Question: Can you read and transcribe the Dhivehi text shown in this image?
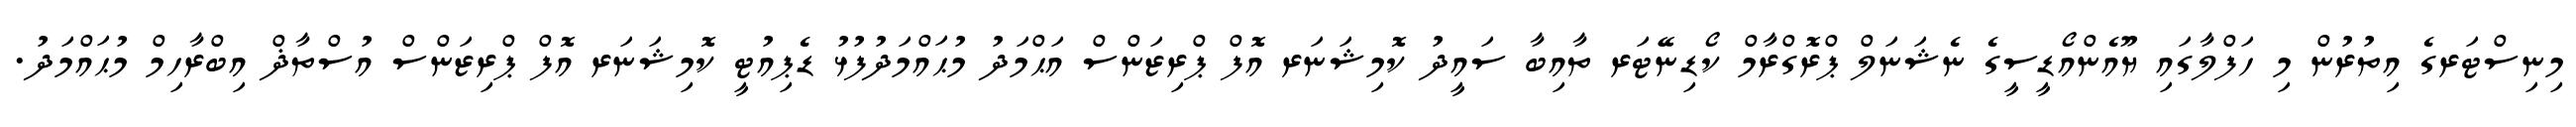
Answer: މިނިސްޓަރގެ އިތުރުން މި ހަފްލާގައި ޔޫއެންއޯޑީސީގެ ނެޝަނަލް ޕްރޮގްރާމް ކޯޑިނޭޓަރ ތާއިބާ ސައީދު ކޮމިޝަނަރ އޮފް ޕްރިޒަންސް އަޙްމަދު މުޙައްމަދުފުޅު ޑެޕިއުޓީ ކޮމިޝަނަރ އޮފް ޕްރިޒަންސް އުސްތާޛް އިބްރާހިމް މުޙައްމަދު.